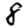
Digit: 8